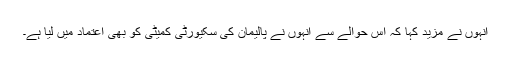
انہوں نے مزید کہا کہ اس حوالے سے انہوں نے پالیمان کی سکیورٹی کمیٹی کو بھی اعتماد میں لیا ہے۔